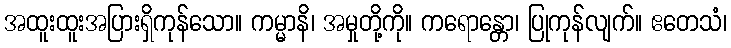
အထူးထူးအပြားရှိကုန်သော။ ကမ္မာနိ၊ အမှုတို့ကို။ ကရောန္တော၊ ပြုကုန်လျက်။ ဧတေသံ၊